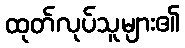
ထုတ်လုပ်သူများ၏